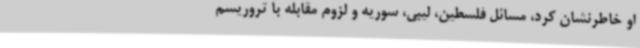
او خاطرنشان کرد، مسائل فلسطین، لیبی، سوریه و لزوم مقابله با تروریسم